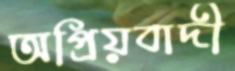
অপ্রিয়বাদী